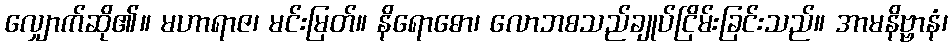
လျှောက်ဆို၏။ မဟာရာဇ၊ မင်းမြတ်။ နိရောဓော၊ လောဘစသည်ချုပ်ငြိမ်းခြင်းသည်။ အာမနိဗ္ဗာနံ၊